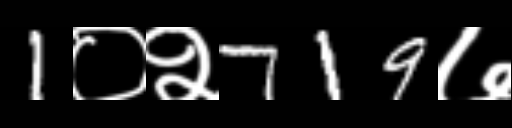
Text: 1०२719७